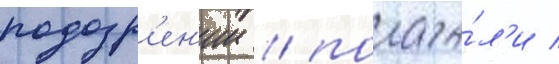
подозр'ен'ии / полага́л'и /